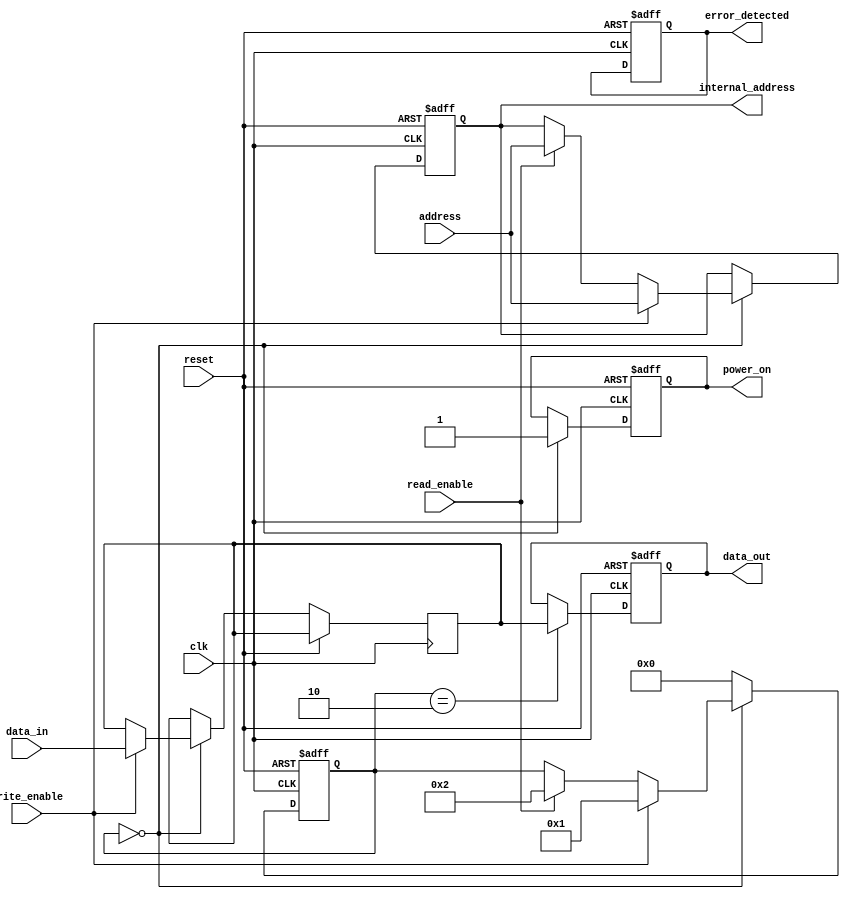
module PCM_IO_Block (
    input wire clk,                   // System clock
    input wire reset,                 // Reset signal
    input wire [7:0] data_in,         // Data input
    output reg [7:0] data_out,        // Data output
    input wire read_enable,           // Read command
    input wire write_enable,          // Write command
    input wire [15:0] address,        // Address input
    output reg [15:0] internal_address,// Internal address
    output reg power_on,              // Power management signal
    output reg error_detected         // Error detection signal
);

// Internal signals
reg [7:0] data_latch;               // Data latch
reg write_driver_enable;             // Write driver enable
reg read_amplifier_enable;           // Read amplifier enable
reg [3:0] state;                     // State for control logic

// Control Logic
always @(posedge clk or posedge reset) begin
    if (reset) begin
        state <= 0;
        power_on <= 0;
        internal_address <= 0;
        data_out <= 0;
        error_detected <= 0;
    end else begin
        case (state)
            0: begin // Idle state
                power_on <= 1; // Power on
                if (write_enable) begin
                    data_latch <= data_in; // Latch data for writing
                    internal_address <= address; // Decode address
                    write_driver_enable <= 1; // Enable write driver
                    state <= 1; // Move to write state
                end else if (read_enable) begin
                    internal_address <= address; // Decode address
                    read_amplifier_enable <= 1; // Enable read amplifier
                    state <= 2; // Move to read state
                end
            end
            1: begin // Write state
                // Write operation logic (not implemented)
                write_driver_enable <= 0; // Disable write driver
                state <= 0; // Return to idle
            end
            2: begin // Read state
                // Read operation logic (not implemented)
                data_out <= data_latch; // Output latched data
                read_amplifier_enable <= 0; // Disable read amplifier
                state <= 0; // Return to idle
            end
            default: state <= 0; // Default to idle
        endcase
    end
end

// Write Driver (simplified)
always @(posedge clk) begin
    if (write_driver_enable) begin
        // Generate programming pulses (not implemented)
    end
end

// Read Amplifier (simplified)
always @(posedge clk) begin
    if (read_amplifier_enable) begin
        // Detect resistance state and set data_latch (not implemented)
    end
end

// Error Detection (simplified)
always @(posedge clk) begin
    // Error detection logic (not implemented)
    // Set error_detected if an error is found
end

endmodule